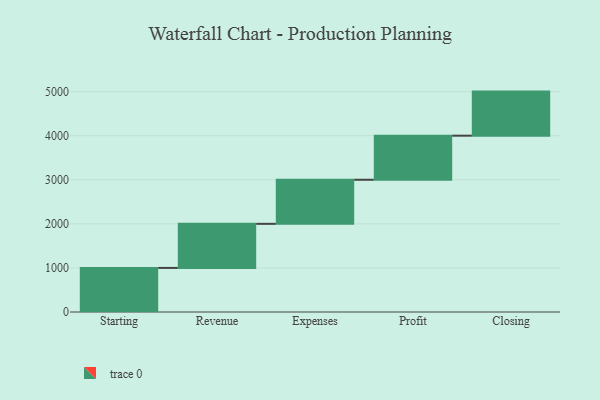
{"axis": {"x": "Step", "y": "Value"}, "legend": [""], "data": [{"x": "Starting", "y": 1000, "type": ""}, {"x": "Revenue", "y": 1000, "type": ""}, {"x": "Expenses", "y": 1000, "type": ""}, {"x": "Profit", "y": 1000, "type": ""}, {"x": "Closing", "y": 1000, "type": ""}]}